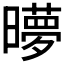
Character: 𬁜